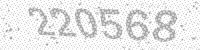
Solution: 220568